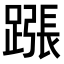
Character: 𨄰